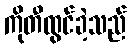
ကိုတီထွင်ခဲ့သည်